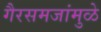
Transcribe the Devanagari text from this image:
गैरसमजांमुळे